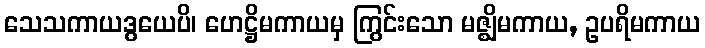
သေသကာယဒွယေပိ၊ ဟေဋ္ဌိမကာယမှ ကြွင်းသော မဇ္ဈိမကာယ, ဥပရိမကာယ